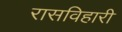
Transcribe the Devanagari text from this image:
रासविहारी